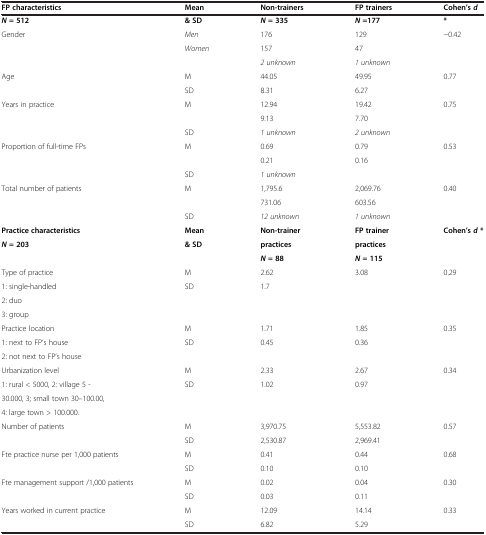
<table><thead><tr><td><b>FP characteristics</b></td><td><b>Mean</b></td><td><b>Non-trainers</b></td><td><b>FP trainers</b></td><td><b>Cohen’s <i>d</i></b></td></tr></thead><tbody><tr><td><b><i>N </i></b><b>= 512</b></td><td><b>&amp; SD</b></td><td><b><i>N </i></b><b>= 335</b></td><td><b><i>N </i></b><b>=177</b></td><td><b>*</b></td></tr><tr><td>Gender</td><td><i>Men</i></td><td>176</td><td>129</td><td>−0.42</td></tr><tr><td> </td><td><i>Women</i></td><td>157</td><td>47</td><td> </td></tr><tr><td> </td><td> </td><td><i>2 unknown</i></td><td><i>1 unknown</i></td><td> </td></tr><tr><td>Age</td><td>M</td><td>44.05</td><td>49.95</td><td>0.77</td></tr><tr><td> </td><td>SD</td><td>8.31</td><td>6.27</td><td> </td></tr><tr><td>Years in practice</td><td>M</td><td>12.94</td><td>19.42</td><td>0.75</td></tr><tr><td> </td><td> </td><td>9.13</td><td>7.70</td><td> </td></tr><tr><td> </td><td>SD</td><td><i>1 unknown</i></td><td><i>2 unknown</i></td><td> </td></tr><tr><td>Proportion of full-time FPs</td><td>M</td><td>0.69</td><td>0.79</td><td>0.53</td></tr><tr><td> </td><td> </td><td>0.21</td><td>0.16</td><td> </td></tr><tr><td> </td><td>SD</td><td><i>1 unknown</i></td><td> </td><td> </td></tr><tr><td>Total number of patients</td><td>M</td><td>1,795.6</td><td>2,069.76</td><td>0.40</td></tr><tr><td> </td><td> </td><td>731.06</td><td>603.56</td><td> </td></tr><tr><td> </td><td>SD</td><td><i>12 unknown</i></td><td><i>1 unknown</i></td><td> </td></tr><tr><td><b>Practice characteristics</b></td><td><b>Mean</b></td><td><b>Non-trainer</b></td><td><b>FP trainer</b></td><td><b>Cohen’s </b><b><i>d </i></b><b>*</b></td></tr><tr><td><b><i>N </i></b><b>= 203</b></td><td><b>&amp; SD</b></td><td><b>practices</b></td><td><b>practices</b></td><td> </td></tr><tr><td> </td><td> </td><td><b><i>N </i></b><b>= 88</b></td><td><b><i>N </i></b><b>= 115</b></td><td> </td></tr><tr><td>Type of practice</td><td>M</td><td>2.62</td><td>3.08</td><td>0.29</td></tr><tr><td>1: single-handled</td><td>SD</td><td>1.7</td><td> </td><td> </td></tr><tr><td>2: duo</td><td> </td><td> </td><td> </td><td> </td></tr><tr><td>3: group</td><td> </td><td> </td><td> </td><td> </td></tr><tr><td>Practice location</td><td>M</td><td>1.71</td><td>1.85</td><td>0.35</td></tr><tr><td>1: next to FP’s house</td><td>SD</td><td>0.45</td><td>0.36</td><td> </td></tr><tr><td>2: not next to FP’s house</td><td> </td><td> </td><td> </td><td> </td></tr><tr><td>Urbanization level</td><td>M</td><td>2.33</td><td>2.67</td><td>0.34</td></tr><tr><td>1: rural &lt; 5000, 2: village 5 -</td><td>SD</td><td>1.02</td><td>0.97</td><td> </td></tr><tr><td>30.000, 3; small town 30–100.00,</td><td> </td><td> </td><td> </td><td> </td></tr><tr><td>4: large town &gt; 100.000.</td><td> </td><td> </td><td> </td><td> </td></tr><tr><td>Number of patients</td><td>M</td><td>3,970.75</td><td>5,553.82</td><td>0.57</td></tr><tr><td> </td><td>SD</td><td>2,530.87</td><td>2,969.41</td><td> </td></tr><tr><td>Fte practice nurse per 1,000 patients</td><td>M</td><td>0.41</td><td>0.44</td><td>0.68</td></tr><tr><td> </td><td>SD</td><td>0.10</td><td>0.10</td><td> </td></tr><tr><td>Fte management support /1,000 patients</td><td>M</td><td>0.02</td><td>0.04</td><td>0.30</td></tr><tr><td> </td><td>SD</td><td>0.03</td><td>0.11</td><td> </td></tr><tr><td>Years worked in current practice</td><td>M</td><td>12.09</td><td>14.14</td><td>0.33</td></tr><tr><td> </td><td>SD</td><td>6.82</td><td>5.29</td><td> </td></tr></tbody></table>